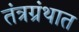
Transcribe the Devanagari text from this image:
तंत्रग्रंथात